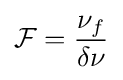
{\mathcal {F}}={\frac {\nu _{f}}{\delta \nu }}